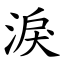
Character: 淚